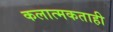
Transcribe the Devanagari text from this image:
कलात्मकताही